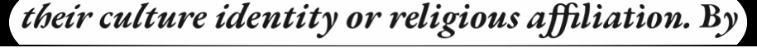
their culture identity or religious affiliation. By